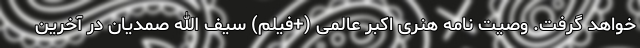
خواهد گرفت. وصیت نامه هنری اکبر عالمی (+فیلم) سیف الله صمدیان در آخرین